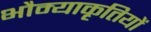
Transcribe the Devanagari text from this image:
भौम्याकृतियों